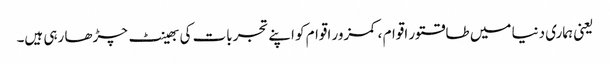
یعنی ہماری دنیا میں طاقتور اقوام ، کمزور اقوام کو اپنے تجربات کی بھینٹ چڑھا رہی ہیں۔